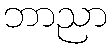
ဘာညာ